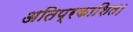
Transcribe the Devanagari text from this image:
अतिप्रकाशित।